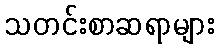
သတင်းစာဆရာများ